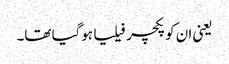
یعنی ان کو پکچر فیلیا ہوگیا تھا۔